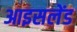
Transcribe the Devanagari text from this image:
आइसलेंड